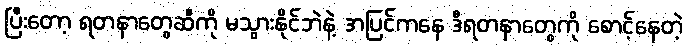
ပြီးတော့ ရတနာတွေဆီကို မသွားနိုင်ဘဲနဲ့ အပြင်ကနေ ဒီရတနာတွေကို စောင့်နေတဲ့